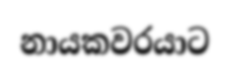
නායකවරයාට